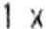
1 X